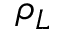
\rho _ { L }